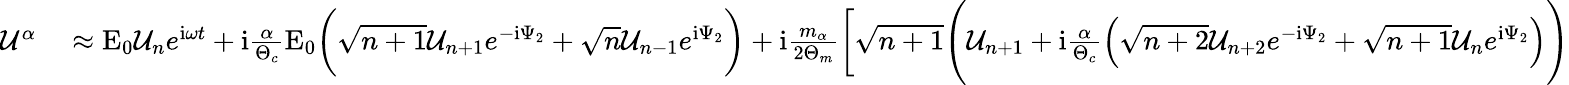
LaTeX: \begin{array}{rl}{\mathcal{U}^{\alpha}}&{{}\approx\mathrm{E}_{0}\mathcal{U}_{n}e^{\mathrm{i}\omega t}+\mathrm{i}\frac{\alpha}{\Theta_{c}}\mathrm{E}_{0}\bigg(\sqrt{n+1}\mathcal{U}_{n+1}e^{-\mathrm{i}\Psi_{2}}+\sqrt{n}\mathcal{U}_{n-1}e^{\mathrm{i}\Psi_{2}}\bigg)+\mathrm{i}\frac{m_{\alpha}}{2\Theta_{m}}\bigg[\sqrt{n+1}\Bigg(\mathcal{U}_{n+1}+\mathrm{i}\frac{\alpha}{\Theta_{c}}\Big(\sqrt{n+2}\mathcal{U}_{n+2}e^{-\mathrm{i}\Psi_{2}}+\sqrt{n+1}\mathcal{U}_{n}e^{\mathrm{i}\Psi_{2}}\Big)\Bigg)}\end{array}